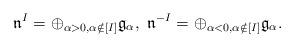
LaTeX: \begin{align*}\mathfrak{n}^{I}=\oplus_{\alpha>0,\alpha\notin[I]}\mathfrak{g}_{\alpha},\ \mathfrak{n}^{-I}=\oplus_{\alpha<0,\alpha\notin[I]}\mathfrak{g}_{\alpha}.\end{align*}